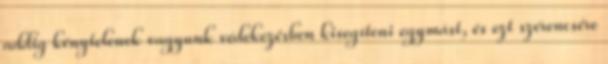
addig kénytelenek vagyunk védekezésben kisegíteni egymást, és ezt szerencsére